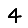
Digit: 4